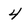
Character: 4